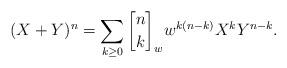
LaTeX: \begin{align*} (X+Y)^n=\sum\limits_{k\ge0}{n\brack k}_ww^{k(n-k)}X^kY^{n-k}.\end{align*}